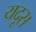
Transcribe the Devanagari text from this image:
यदूस